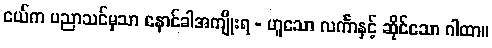
ငယ်က ပညာသင်မှသာ နောင်ခါအကျိုးရ - ဟူသော လင်္ကာနှင့် ဆိုင်သော ဂါထာ။